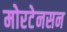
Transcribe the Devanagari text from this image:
मोरटेनसन